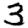
Digit: 3